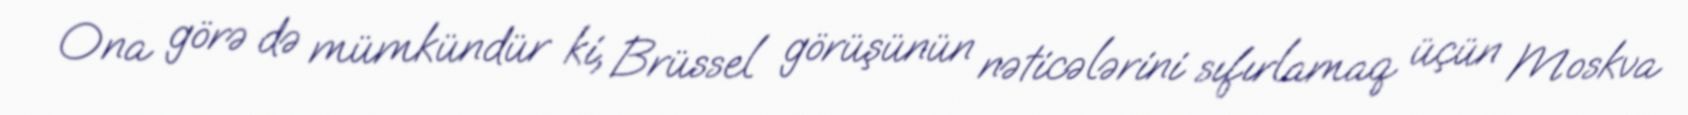
Ona görə də mümkündür ki, Brüssel görüşünün nəticələrini sıfırlamaq üçün Moskva